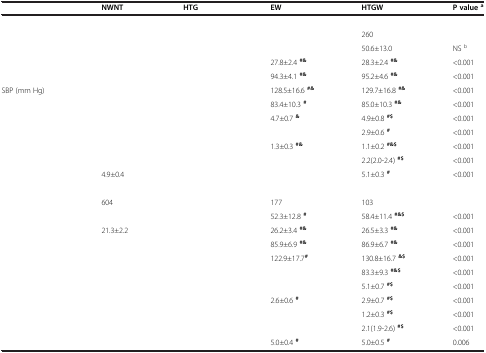
<table><thead><tr><td>[EMPTY_CELL]</td><td><b>NWNT</b></td><td><b>HTG</b></td><td><b>EW</b></td><td><b>HTGW</b></td><td><b>P value<sup>a</sup></b></td></tr></thead><tbody><tr><td>[EMPTY_CELL]</td><td>[EMPTY_CELL]</td><td>[EMPTY_CELL]</td><td>[EMPTY_CELL]</td><td>[EMPTY_CELL]</td><td>[EMPTY_CELL]</td></tr><tr><td>[EMPTY_CELL]</td><td>[EMPTY_CELL]</td><td>[EMPTY_CELL]</td><td>[EMPTY_CELL]</td><td>260</td><td>[EMPTY_CELL]</td></tr><tr><td>[EMPTY_CELL]</td><td>[EMPTY_CELL]</td><td>[EMPTY_CELL]</td><td>[EMPTY_CELL]</td><td>50.6±13.0</td><td>NS <sup>b</sup></td></tr><tr><td>[EMPTY_CELL]</td><td>[EMPTY_CELL]</td><td>[EMPTY_CELL]</td><td>27.8±2.4 <sup><b>#&amp;</b></sup></td><td>28.3±2.4 <sup><b>#&amp;</b></sup></td><td>&lt;0.001</td></tr><tr><td>[EMPTY_CELL]</td><td>[EMPTY_CELL]</td><td>[EMPTY_CELL]</td><td>94.3±4.1 <sup><b>#&amp;</b></sup></td><td>95.2±4.6 <sup><b>#&amp;</b></sup></td><td>&lt;0.001</td></tr><tr><td>SBP (mm Hg)</td><td>[EMPTY_CELL]</td><td>[EMPTY_CELL]</td><td>128.5±16.6 <sup><b>#&amp;</b></sup></td><td>129.7±16.8 <sup><b>#&amp;</b></sup></td><td>&lt;0.001</td></tr><tr><td>[EMPTY_CELL]</td><td>[EMPTY_CELL]</td><td>[EMPTY_CELL]</td><td>83.4±10.3 <sup><b>#</b></sup></td><td>85.0±10.3 <sup><b>#&amp;</b></sup></td><td>&lt;0.001</td></tr><tr><td>[EMPTY_CELL]</td><td>[EMPTY_CELL]</td><td>[EMPTY_CELL]</td><td>4.7±0.7 <sup><b>&amp;</b></sup></td><td>4.9±0.8 <sup><b>#$</b></sup></td><td>&lt;0.001</td></tr><tr><td>[EMPTY_CELL]</td><td>[EMPTY_CELL]</td><td>[EMPTY_CELL]</td><td>[EMPTY_CELL]</td><td>2.9±0.6 <sup><b>#</b></sup></td><td>&lt;0.001</td></tr><tr><td>[EMPTY_CELL]</td><td>[EMPTY_CELL]</td><td>[EMPTY_CELL]</td><td>1.3±0.3 <sup><b>#&amp;</b></sup></td><td>1.1±0.2 <sup><b>#&amp;$</b></sup></td><td>&lt;0.001</td></tr><tr><td>[EMPTY_CELL]</td><td>[EMPTY_CELL]</td><td>[EMPTY_CELL]</td><td>[EMPTY_CELL]</td><td>2.2(2.0-2.4) <sup><b>#$</b></sup></td><td>&lt;0.001</td></tr><tr><td>[EMPTY_CELL]</td><td>4.9±0.4</td><td>[EMPTY_CELL]</td><td>[EMPTY_CELL]</td><td>5.1±0.3 <sup><b>#</b></sup></td><td>&lt;0.001</td></tr><tr><td>[EMPTY_CELL]</td><td>[EMPTY_CELL]</td><td>[EMPTY_CELL]</td><td>[EMPTY_CELL]</td><td>[EMPTY_CELL]</td><td>[EMPTY_CELL]</td></tr><tr><td>[EMPTY_CELL]</td><td>604</td><td>[EMPTY_CELL]</td><td>177</td><td>103</td><td>[EMPTY_CELL]</td></tr><tr><td>[EMPTY_CELL]</td><td>[EMPTY_CELL]</td><td>[EMPTY_CELL]</td><td>52.3±12.8 <sup><b>#</b></sup></td><td>58.4±11.4 <sup><b>#&amp;$</b></sup></td><td>&lt;0.001</td></tr><tr><td>[EMPTY_CELL]</td><td>21.3±2.2</td><td>[EMPTY_CELL]</td><td>26.2±3.4 <sup><b>#&amp;</b></sup></td><td>26.5±3.3 <sup><b>#&amp;</b></sup></td><td>&lt;0.001</td></tr><tr><td>[EMPTY_CELL]</td><td>[EMPTY_CELL]</td><td>[EMPTY_CELL]</td><td>85.9±6.9 <sup><b>#&amp;</b></sup></td><td>86.9±6.7 <sup><b>#&amp;</b></sup></td><td>&lt;0.001</td></tr><tr><td>[EMPTY_CELL]</td><td>[EMPTY_CELL]</td><td>[EMPTY_CELL]</td><td>122.9±17.7<sup><b>#</b></sup></td><td>130.8±16.7 <sup><b>&amp;$</b></sup></td><td>&lt;0.001</td></tr><tr><td>[EMPTY_CELL]</td><td>[EMPTY_CELL]</td><td>[EMPTY_CELL]</td><td>[EMPTY_CELL]</td><td>83.3±9.3 <sup><b>#&amp;$</b></sup></td><td>&lt;0.001</td></tr><tr><td>[EMPTY_CELL]</td><td>[EMPTY_CELL]</td><td>[EMPTY_CELL]</td><td>[EMPTY_CELL]</td><td>5.1±0.7 <sup><b>#$</b></sup></td><td>&lt;0.001</td></tr><tr><td>[EMPTY_CELL]</td><td>[EMPTY_CELL]</td><td>[EMPTY_CELL]</td><td>2.6±0.6 <sup><b>#</b></sup></td><td>2.9±0.7 <sup><b>#$</b></sup></td><td>&lt;0.001</td></tr><tr><td>[EMPTY_CELL]</td><td>[EMPTY_CELL]</td><td>[EMPTY_CELL]</td><td>[EMPTY_CELL]</td><td>1.2±0.3 <sup><b>#$</b></sup></td><td>&lt;0.001</td></tr><tr><td>[EMPTY_CELL]</td><td>[EMPTY_CELL]</td><td>[EMPTY_CELL]</td><td>[EMPTY_CELL]</td><td>2.1(1.9-2.6) <sup><b>#$</b></sup></td><td>&lt;0.001</td></tr><tr><td>[EMPTY_CELL]</td><td>[EMPTY_CELL]</td><td>[EMPTY_CELL]</td><td>5.0±0.4 <sup><b>#</b></sup></td><td>5.0±0.5 <sup><b>#</b></sup></td><td>0.006</td></tr></tbody></table>